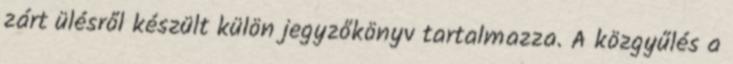
zárt ülésről készült külön jegyzőkönyv tartalmazza. A közgyűlés a